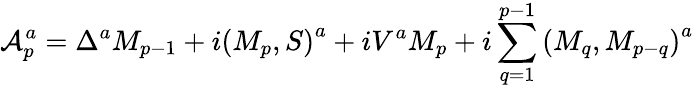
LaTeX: {\cal A}_{p}^{a}=\Delta^{a}M_{p-1}+i\left(M_{p},S\right)^{a}+iV^{a}M_{p}+i\sum_{q=1}^{p-1}\left(M_{q},M_{p-q}\right)^{a}